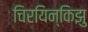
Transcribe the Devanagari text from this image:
चिरयिन्किझु